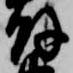
解